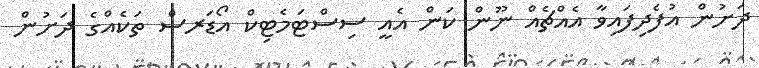
ދަށުން އުފެދިފައިވާ އެއްޗެއް ނޫން ކަން އެއީ ސިސްޓަމެޓިކް އޯޑަރސް ތަކެއްގެ ދަށުން